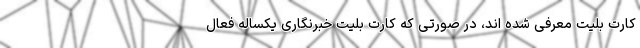
کارت بلیت معرفی شده اند، در صورتی که کارت بلیت خبرنگاری یکساله فعال